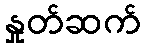
နှုတ်ဆက်